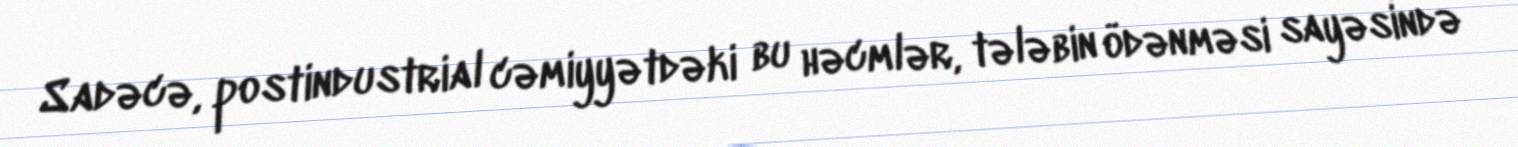
Sadəcə, postindustrial cəmiyyətdəki bu həcmlər, tələbin ödənməsi sayəsində